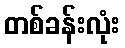
တစ်ခန်းလုံး